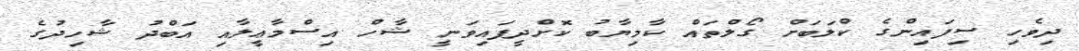
ދިވެހި ސިފައިންގެ ކްލަބަށް ގޯލްތައް ކާމިޔާބު ކޮށްދީފައިވަނީ ޝާހް އިސްމާޢީލާއި އަބްދު ޝާހިދުގެ